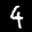
Label: 4